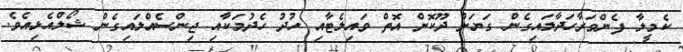
ކެމީލާ ފެންވަރާހަދާލައިގެން ގަޔަށް ދޫކޮށް އޮތް ވައިލެޓާއި ހުދު ހެދުމަކާއި ޖިންސެއްލައިގެން ޝޯލްއެޅިއެވެ.